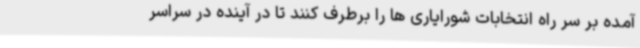
آمده بر سر راه انتخابات شورایاری ها را برطرف کنند تا در آینده در سراسر